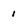
Character: 1